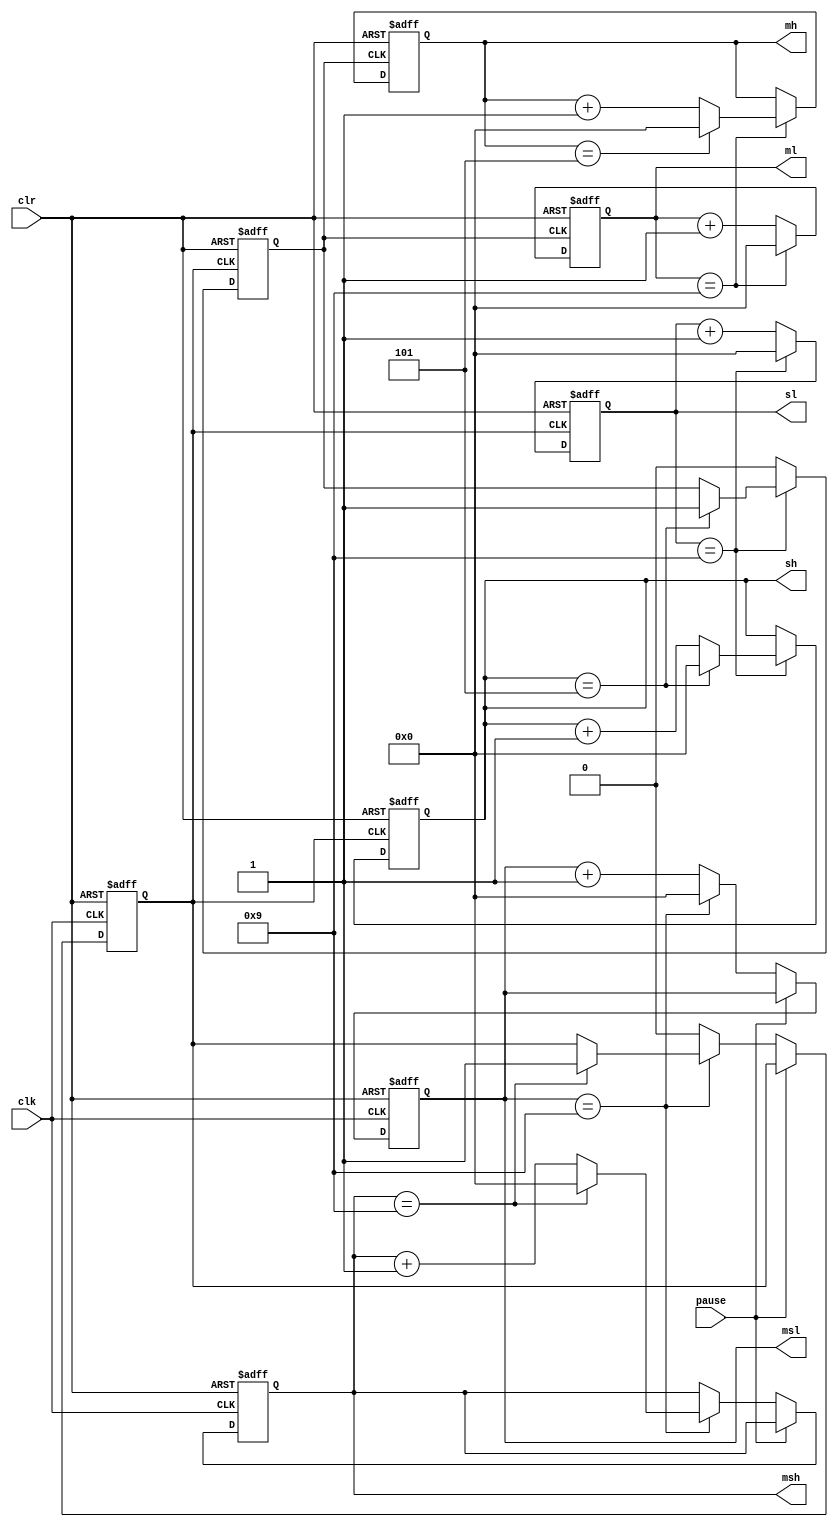
/*
CLK 
CLR 
pause 
MSH,MSL 
SH,SL 
MH,ML */
module timer(clk,clr,pause,msh,msl,sh,sl,mh,ml);
input clk,clr,pause;
output  [3:0] msh,msl,sh,sl,mh,ml;
reg [3:0] msh,msl,sh,sl,mh,ml;
reg cn1,cn2;   //cn1cn2
always @(negedge clk or posedge clr) 
begin
    if (clr) 
    begin
        
    {msh,msl}<=8'h00;
    cn1<=0;
    end
    else if(!pause)
    begin
        if(msl==9)
        begin
            msl<=0;
        if(msh==9)
        begin
            msh<=0;
            cn1<=1;
        end 
        else
            msh<=msh+1;
        end 
    else
    begin
        msl<=msl+1;
        cn1<=0;
    end  
    end    
end
always @(posedge cn1 or posedge clr)
 begin
    if (clr)
    begin 
    {sh,sl}<=8'h00;
    cn2<=0;
    end 
    else if (sl==9)
    begin
    sl<=0;
    if (sh==5)
    begin
        sh<=0;
        cn2<=1;
    end
    else
    sh<=sh+1;
end
else 
begin
    sl<=sl+1;
    cn2<=0;
end
 end
always@(posedge cn2 or posedge clr)
begin
    if(clr)
    begin
        {mh,ml}<=8'h00;
    end 
    else if (ml==9)
    begin
        ml<=0;
        if(mh==5)
        mh<=0;
        else
        mh<=mh+1;
    end 
    else
    ml<=ml+1;
end 
endmodule